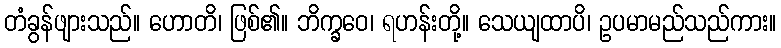
တံခွန်ဖျားသည်။ ဟောတိ၊ ဖြစ်၏။ ဘိက္ခဝေ၊ ရဟန်းတို့။ သေယျထာပိ၊ ဥပမာမည်သည်ကား။